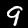
Label: 9